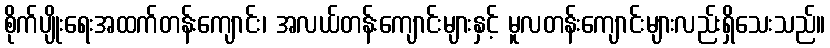
စိုက်ပျိုးရေးအထက်တန်းကျောင်း၊ အလယ်တန်းကျောင်းများနှင့် မူလတန်းကျောင်းများလည်းရှိသေးသည်။